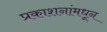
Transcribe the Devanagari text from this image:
प्रकाशनांमधून